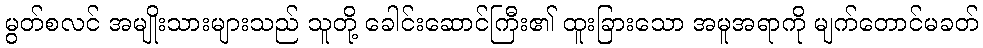
မွတ်စလင် အမျိုးသားများသည် သူတို့ ခေါင်းဆောင်ကြီး၏ ထူးခြားသော အမူအရာကို မျက်တောင်မခတ်